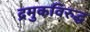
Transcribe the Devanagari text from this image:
द्रमुकविरुद्ध